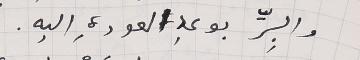
والبِرِّ بوعدِ العودةِ اليه.